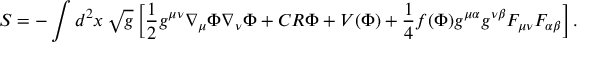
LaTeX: S = - \int d ^ { 2 } x \, \sqrt { g } \left[ { \frac { 1 } { 2 } } g ^ { \mu \nu } \nabla _ { \mu } \Phi \nabla _ { \nu } \Phi + C R \Phi + V ( \Phi ) + { \frac { 1 } { 4 } } f ( \Phi ) g ^ { \mu \alpha } g ^ { \nu \beta } F _ { \mu \nu } F _ { \alpha \beta } \right] .